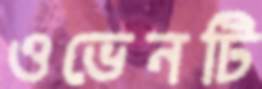
ওভেনটি